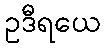
ဥဒီရယေ